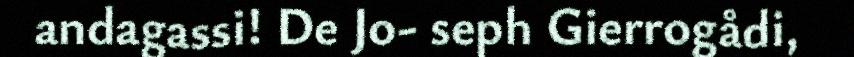
andagassi! De Jo- seph Gierrogådi,